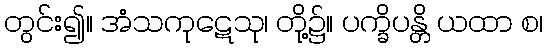
တွင်း၍။ အံသကုဋေသု၊ တို့၌။ ပက္ခိပန္တိ ယထာ စ၊